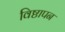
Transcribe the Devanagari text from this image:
विष्ठापन